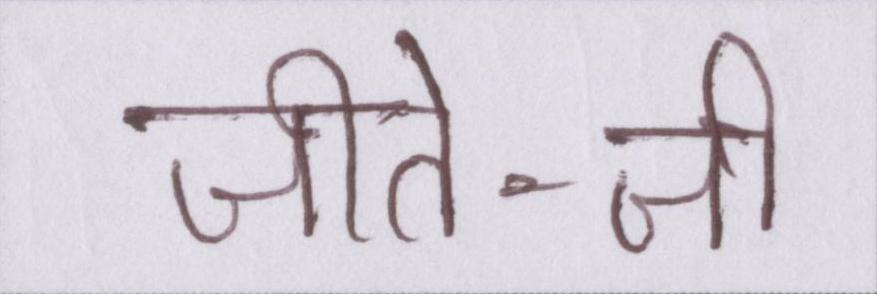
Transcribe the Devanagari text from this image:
जीते-जी